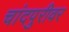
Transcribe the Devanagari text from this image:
चांदपुरीवर